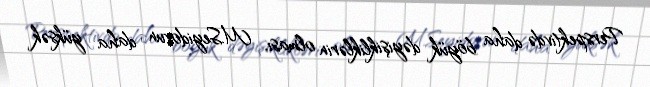
Perspektivdə daha böyük dəyişikliklərin olması, M.Seyidovun daha yüksək